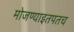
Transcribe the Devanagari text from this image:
मोजण्याइतपतच